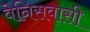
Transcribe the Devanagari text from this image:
वेनिसवासी